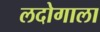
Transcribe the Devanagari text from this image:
लदोगाला